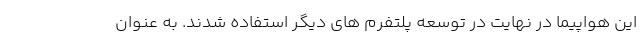
این هواپیما در نهایت در توسعه پلتفرم های دیگر استفاده شدند. به عنوان